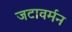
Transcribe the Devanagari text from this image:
जटावर्मन